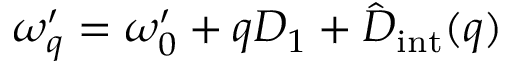
\omega _ { q } ^ { \prime } = \omega _ { 0 } ^ { \prime } + q D _ { 1 } + \hat { D } _ { \mathrm { i n t } } ( q )